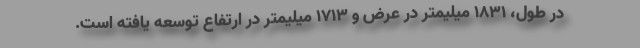
در طول، 1831 میلیمتر در عرض و 1713 میلیمتر در ارتفاع توسعه یافته است.